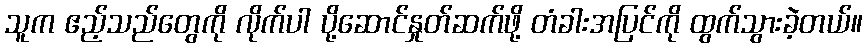
သူက ဧည့်သည်တွေကို လိုက်ပါ ပို့ဆောင်နှုတ်ဆက်ဖို့ တံခါးအပြင်ကို ထွက်သွားခဲ့တယ်။